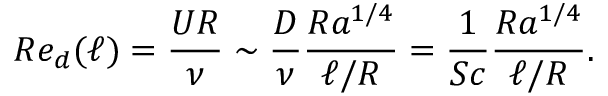
R e _ { d } ( \ell ) = \frac { U R } { \nu } \sim \frac { D } { \nu } \frac { R a ^ { 1 / 4 } } { \ell / R } = \frac { 1 } { S c } \frac { R a ^ { 1 / 4 } } { \ell / R } .